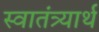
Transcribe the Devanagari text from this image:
स्वातंत्र्यार्थ